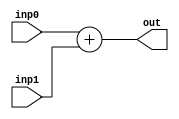
module Adder32 (inp0, inp1, out);
input [31:0] inp0;
input [31:0] inp1;
output [31:0] out;

	assign out = inp0 + inp1;

endmodule